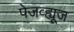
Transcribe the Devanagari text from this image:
पेजव्ह्यूज